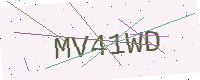
Text: MV41WD